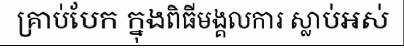
គ្រាប់បែក ក្នុងពិធីមង្គលការ ស្លាប់អស់